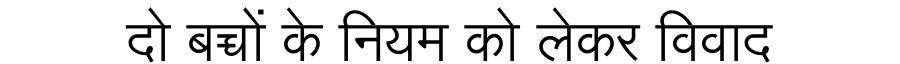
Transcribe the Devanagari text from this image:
दो बच्चों के नियम को लेकर विवाद